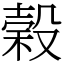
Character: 榖